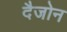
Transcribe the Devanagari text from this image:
दैजोन